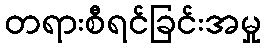
တရားစီရင်ခြင်းအမှု